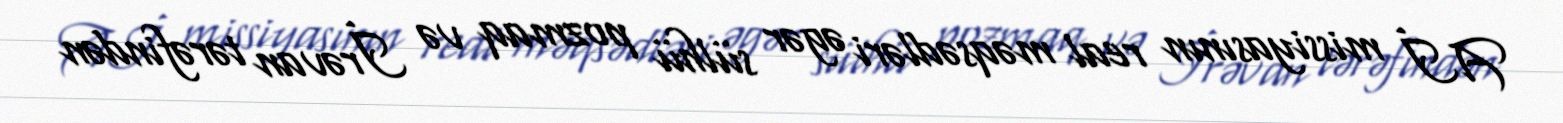
Aİ missiyasının real məqsədləri əgər sülhü pozmaq və İrəvan tərəfindən